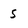
Character: 5